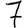
Digit: 7